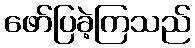
ဖော်ပြခဲ့ကြသည်